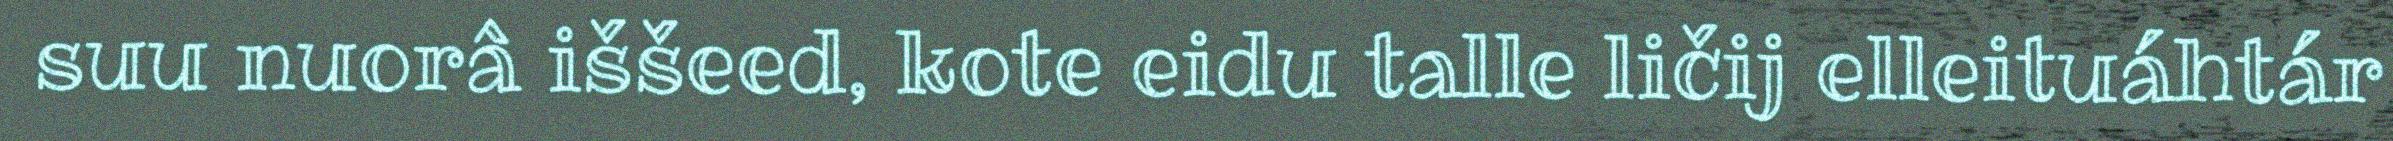
suu nuorâ iššeed, kote eidu talle ličij elleituáhtár